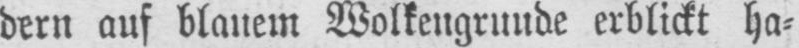
dern auf blauem Wolkengrunde erblickt ha⸗